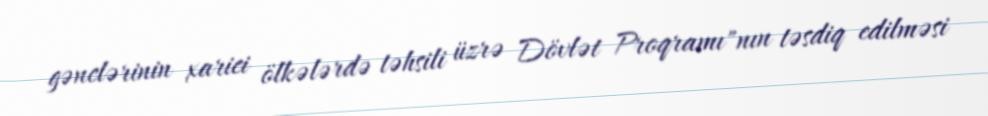
gənclərinin xarici ölkələrdə təhsili üzrə Dövlət Proqramı"nın təsdiq edilməsi